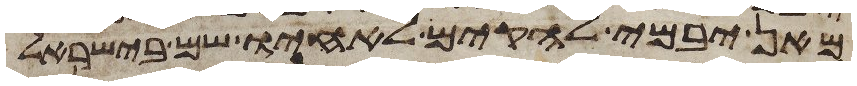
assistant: מאן יבמי להקים לאחיו שם בישראל